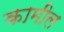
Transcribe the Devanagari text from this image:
कामील